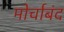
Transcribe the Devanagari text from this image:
मोर्चाबंद